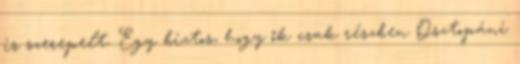
is szerepelt. Egy biztos, hogy ők csak részben Osztopáni